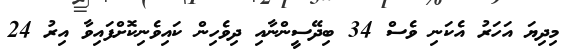
މިދިޔަ އަހަރު އެކަނި ވެސް 34 ބިދޭސީންނާއި ދިވެހިން ކައިވެނިކޮށްފައިވާ އިރު 24